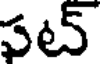
పట్